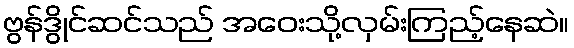
ဗွန်ဒွိုင်ဆင်သည် အဝေးသို့လှမ်းကြည့်နေဆဲ။